Preliminary report on the development of the Leishman-Donovan body in the bed bug - Number 27
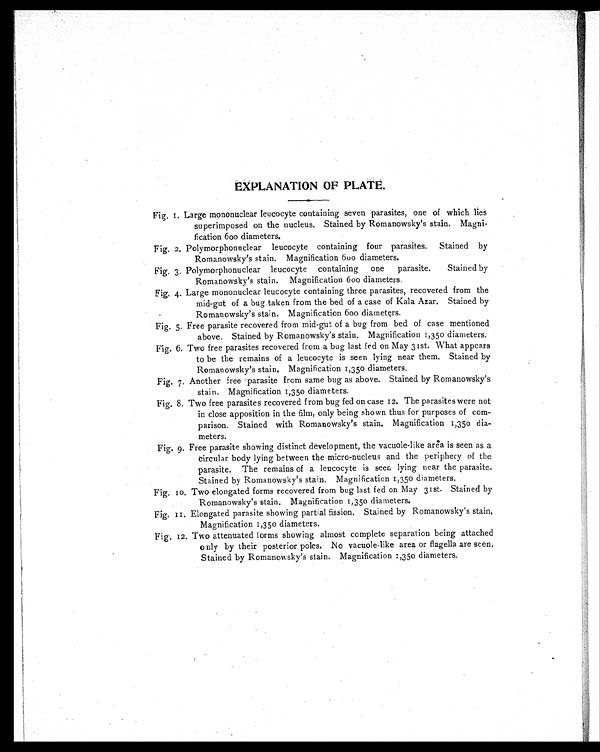
EXPLANATION OF PLATE.
Fig. 1. Large mononuclear leucocyte containing seven parasites, one of which lies
superimposed on the nucleus. Stained by Romanowsky's stain. Magni-
fication 600 diameters.
Fig. 2. Polymorphonuclear leucocyte containing four parasites. Stained by
Romanowsky's stain. Magnification 600 diameters.
Fig. 3. Polymorphonuclear leucocyte containing one parasite. Stained by
Romanowsky's stain. Magnification 600 diameters.
Fig. 4. Large mononuclear leucocyte containing three parasites, recovered from the
mid-gut of a bug taken from the bed of a case of Kala Azar. Stained by
Romanowsky's stain. Magnification 600 diameters.
Fig. 5. Free parasite recovered from mid-gut of a bug from bed of case mentioned
above. Stained by Romanowsky's stain. Magnification 1,35o diameters.
Fig. 6. Two free parasites recovered from a bug last fed on May 31st. What appears
to be the remains of a leucocyte is seen lying near them. Stained by
Roman owsky's stain. Magnification 1,35o diameters.
Fig. 7. Another free parasite from same bug as above. Stained by Romanowsky's
stain. Magnification 1,350 diameters.
Fig. 8. Two free parasites recovered from bug fed on case 12. The parasites were not
in close apposition in the film, only being shown thus for purposes of com-
parison. Stained with Romanowsky's stain, Magnification 1,350 dia-
meters.
Fig. 9. Free parasite showing distinct development, the vacuole-like area is seen as a
circular body lying between the micro-nucleus and the periphery of the
parasite. The remains of a leucocyte is seen lying near the parasite.
Stained by Romanowsky's stain. Magnification 1,350 diameters.
Fig. 10. Two elongated forms recovered from bug last fed on May 31st. Stained by
Romanowsky's stain. Magnification 1,350 diameters.
Fig. 11. Elongated parasite showing partial fission. Stained by Romanowsky's stain.
Magnification 1,350 diameters.
Fig. 12. Two attenuated forms showing almost complete separation being attached
only by their posterior poles. No vacuole-like area or flagella are seen.
Stained by Romanowsky's stain. Magnification 1,350 diameters.